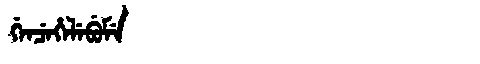
Manchu: ᡤᡝᠨᠴᡝᡥᡝᠯᡝᠪᡠᠮᡝ
Romanization: GENCEHELEBUME